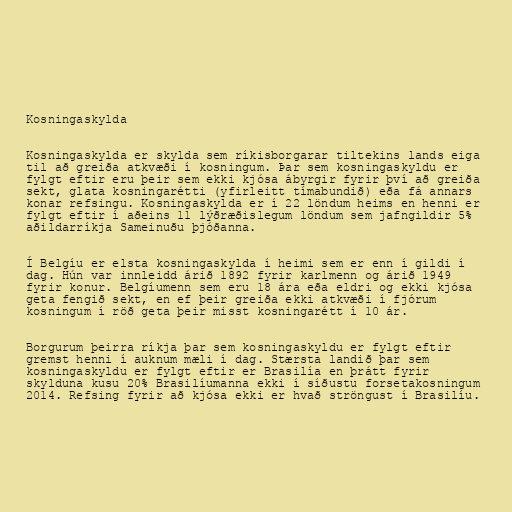
Kosningaskylda

Kosningaskylda er skylda sem ríkisborgarar tiltekins lands eiga
til að greiða atkvæði í kosningum. Þar sem kosningaskyldu er
fylgt eftir eru þeir sem ekki kjósa ábyrgir fyrir því að greiða
sekt, glata kosningarétti (yfirleitt tímabundið) eða fá annars
konar refsingu. Kosningaskylda er í 22 löndum heims en henni er
fylgt eftir í aðeins 11 lýðræðislegum löndum sem jafngildir 5%
aðildarríkja Sameinuðu þjóðanna.

Í Belgíu er elsta kosningaskylda í heimi sem er enn í gildi í
dag. Hún var innleidd árið 1892 fyrir karlmenn og árið 1949
fyrir konur. Belgíumenn sem eru 18 ára eða eldri og ekki kjósa
geta fengið sekt, en ef þeir greiða ekki atkvæði í fjórum
kosningum í röð geta þeir misst kosningarétt í 10 ár.

Borgurum þeirra ríkja þar sem kosningaskyldu er fylgt eftir
gremst henni í auknum mæli í dag. Stærsta landið þar sem
kosningaskyldu er fylgt eftir er Brasilía en þrátt fyrir
skylduna kusu 20% Brasilíumanna ekki í síðustu forsetakosningum
2014. Refsing fyrir að kjósa ekki er hvað ströngust í Brasilíu.